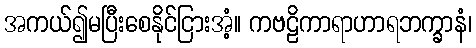
အကယ်၍မပြီးစေနိုင်ငြားအံ့။ ကဗဠိကာရာဟာရဘက္ခာနံ၊